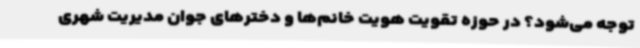
توجه می‌شود؟ در حوزه تقویت هویت خانم‌ها و دخترهای جوان مدیریت شهری